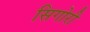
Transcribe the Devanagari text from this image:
सिगोरी